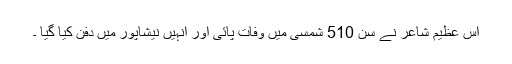
اس عظیم شاعر نے سن 510 شمسی میں وفات پائی اور انہیں نیشاپور میں دفن کیا گیا ۔